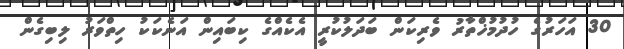
30 އަހަރުގެ ހުދުމުޚްތާރު ވެރިކަން ބަދަލުކުރީ އެކެއްގެ ކިބައިން އަނެކަކު ހިތްވަރު ލިބިގެން